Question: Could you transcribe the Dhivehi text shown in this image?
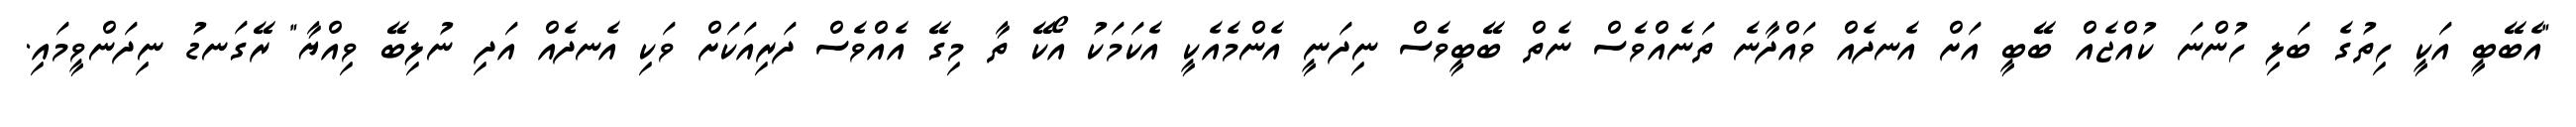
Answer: "އެބޭބީ އަކީ ހިތުގެ ބަލި ހުންނަ ކުއްޖެއް ބޭބީ އަށް އެނދެއް ވައްދާނެ ތަނެއްވެސް ނެތް ބޭބީވެސް ނިދަނީ އެންމެއެކީ އެކަމަކު އޯކޭ ތާ މިގޭ އެއްވެސް ދަރިއަކަށް ވަކި އެނދެއް އަދި ނުލިބޭ ވިއްޔާ" ރޭގަނޑު ނިދަންވީމައި.